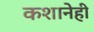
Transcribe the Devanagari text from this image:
कशानेही